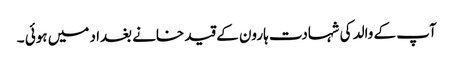
آپ کے والد کی شہادت ہارون کے قید خانے بغداد میں ہوئی ۔